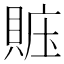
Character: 賘